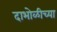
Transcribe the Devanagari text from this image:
दाभोळीच्या